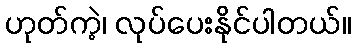
ဟုတ်ကဲ့၊ လုပ်ပေးနိုင်ပါတယ်။